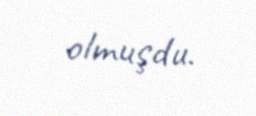
olmuşdu.